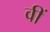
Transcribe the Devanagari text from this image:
वीं